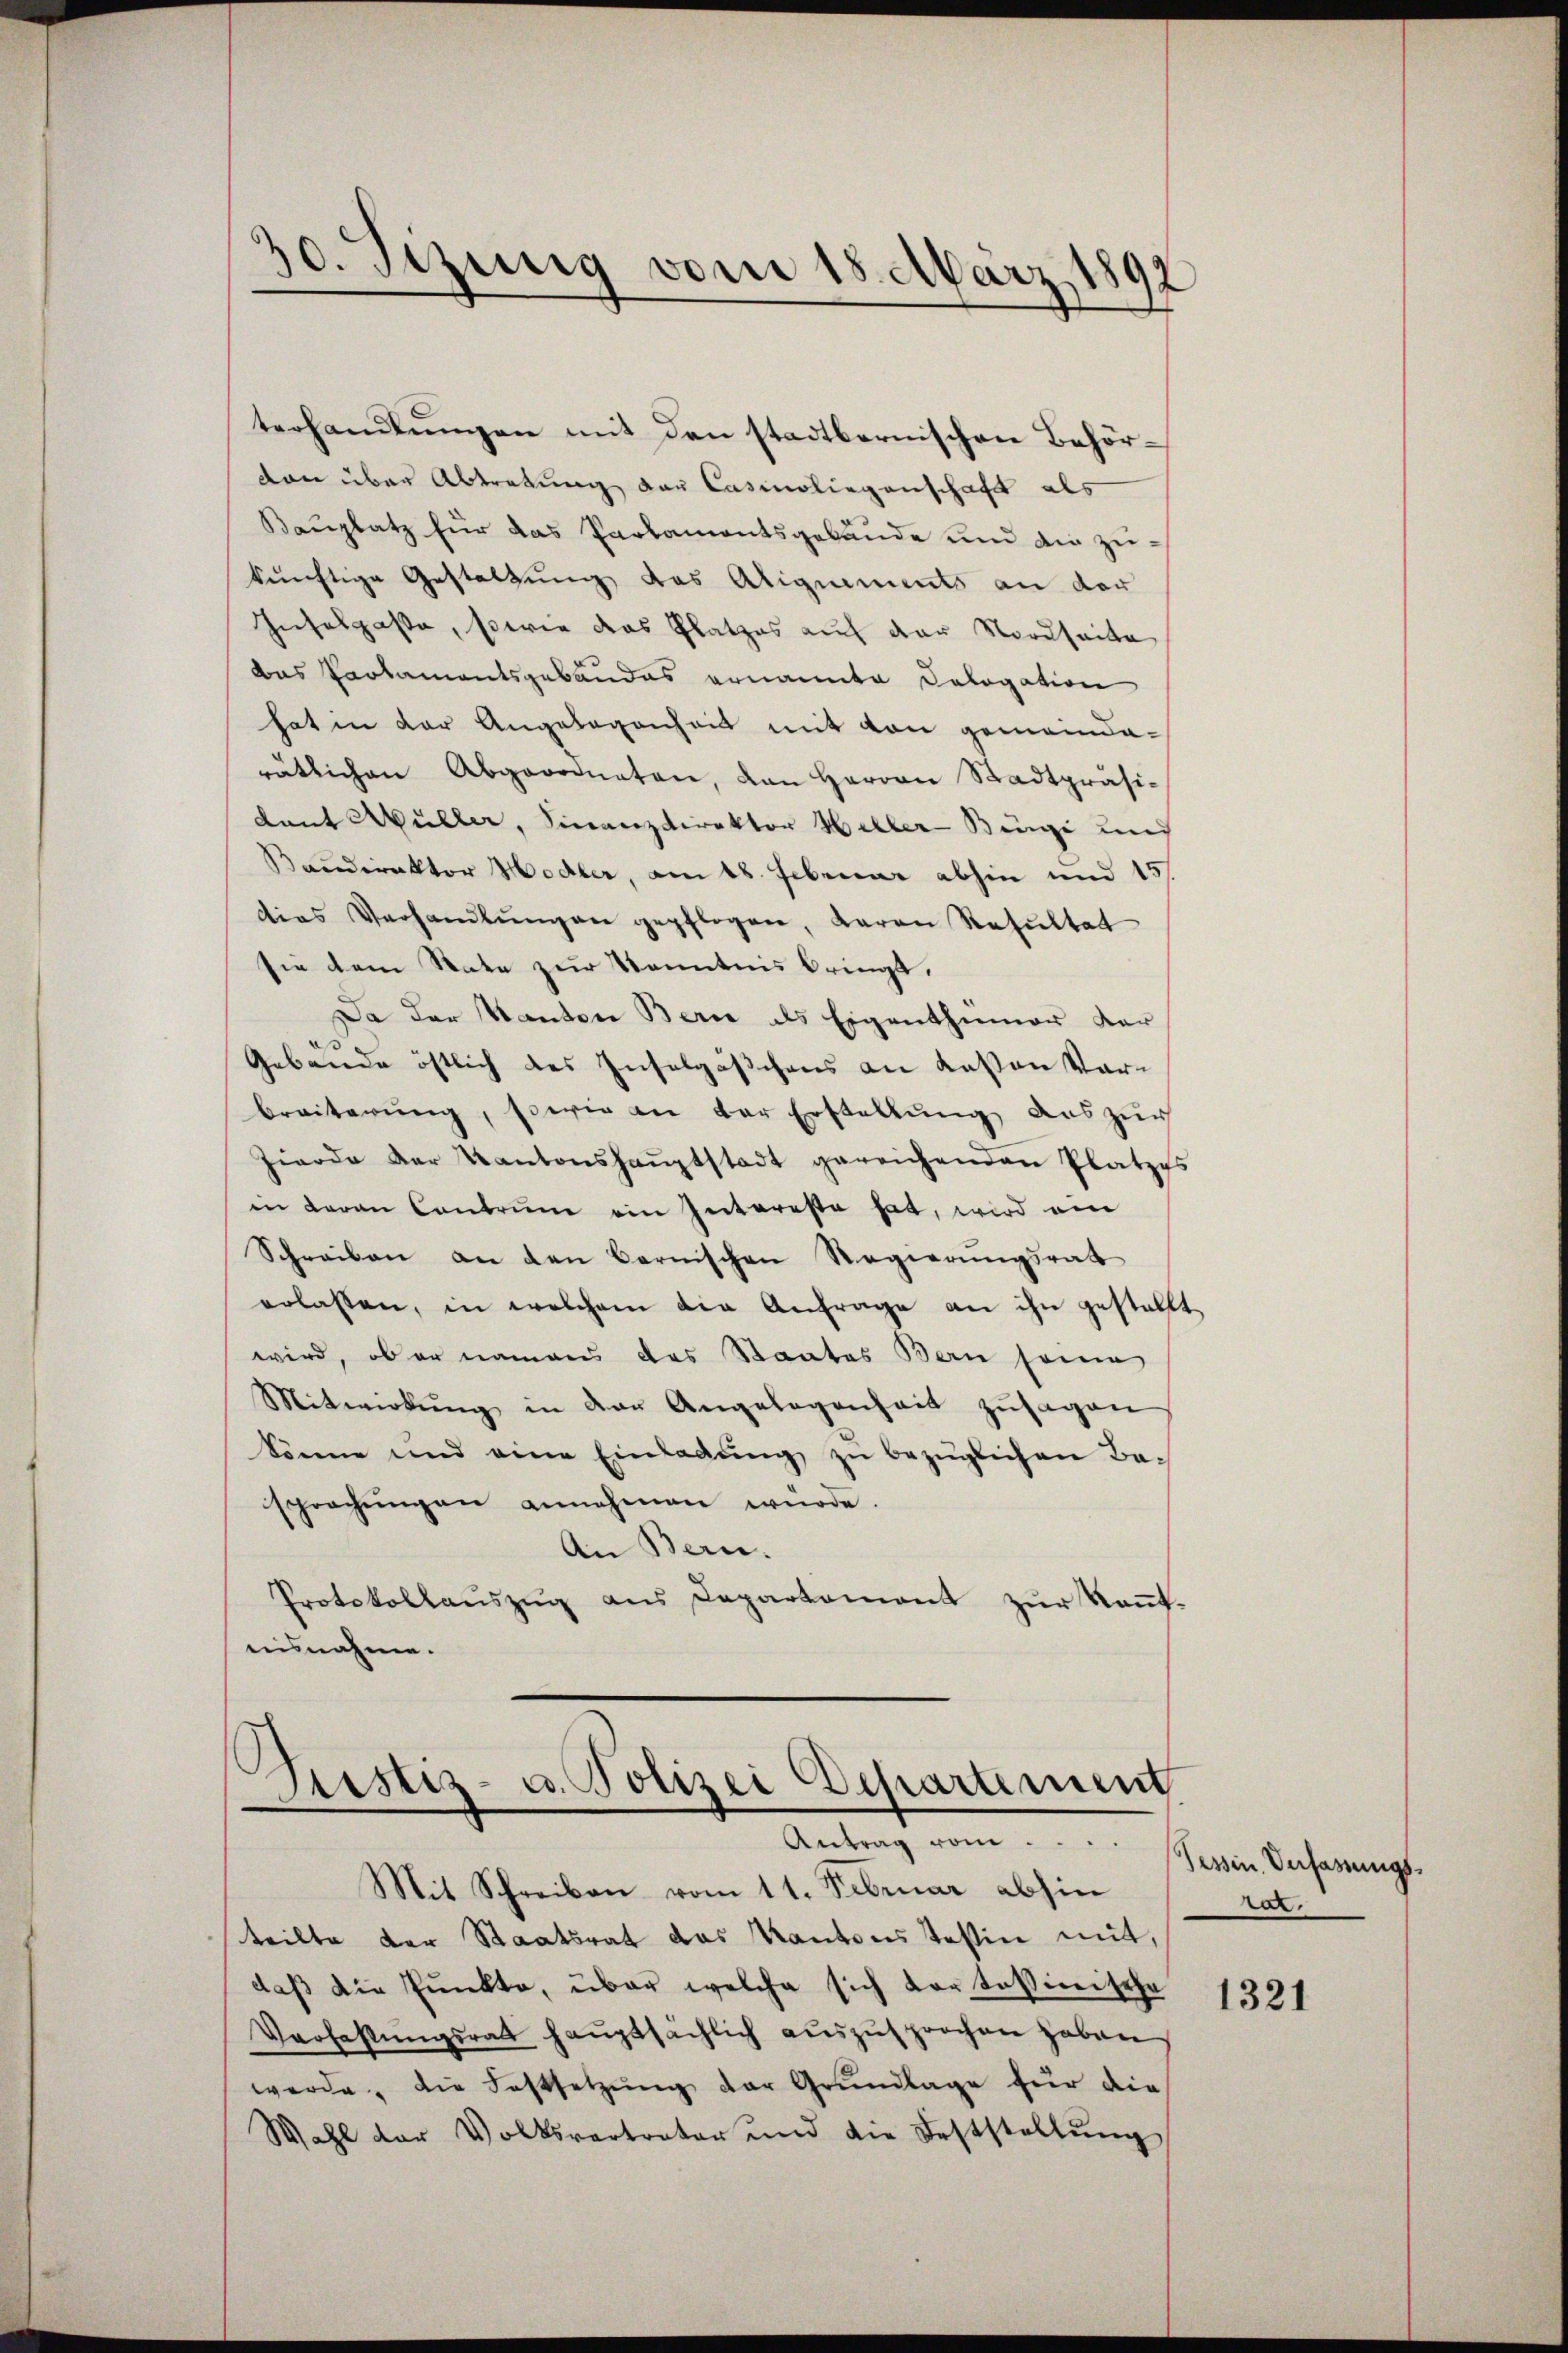
50. Sizung vom 18. März 1892

terhandlungen mit den stadtbernischen Behörvon über Abtretung der Casinoliegenschaft als
Bauplatz für das Parlamentsgebäude und die zukünftige Gestaltung des Aliquements an der
Inselpaße, sowie das Platzes auf der Nordseite
das Parlamentsgebäudes ernannte Cologation
hat in der Angelegenheit mit von gemeinda-
rätlichen Abgeordneten, dan Herren Stadtpräsi-
Lant Müller, Finanzdirektor Willer-Binge und
Baudirektor Hodler, am 18. Februar abhin und 15
dias Verhandlŭngen gepflogen, Baron Resultat
sie dem Rate zur Kenntnis bringt.
Da der Kanton Bern als Eigenthümer der
.
Gebäude östlich des Insolgäschens an Kassen Vorbreiterŭng, sowie an der Erstellŭng aŭs zŭr
Zierde der Kantonshaŭptstadt gereichenden Platzes
in daran Contrŭm ein Intereste hat, wird ein
Schreiben an den Bernischen Regierungsrath
erlassen, in welchem die Anfrage an ihn gestellt
wird, ob er namens das Staates Bern seine
Mitwirkŭng in der Angelegenheit zŭsagen
könne und eine Einladŭng zŭ bezüglichen Be-
sprechŭngen annehmen würde.
An Bern.
Protokollaŭszŭg aŭs Departament zŭr Keṅt-
aisnahme.

¬
Justiz- u. Polizei Departement
Antrag vom.....
Mit Schreiben vom 11. Februar abhin

teilte der Staatsrat das Kantons Teßin mit,
daβ die Pŭnkte, über welche sich dar tessinische
Verfassŭngsrath haŭptsächlich aŭszŭsprochen haben
werde, die Festsetzŭng der Grŭndlage für die
Wahl der Volksvertreter und die Feststellŭng

Tessin Verfassungsrat.

1321